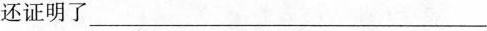
还证明了___